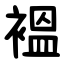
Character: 褞